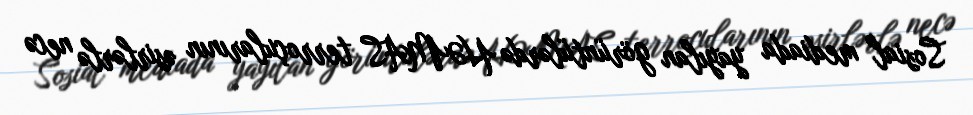
Sosial mediada yayılan görüntülərdə HƏMAS terroçularının əsirlərlə necə